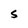
Character: S